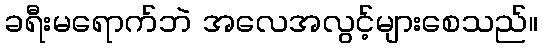
ခရီးမရောက်ဘဲ အလေအလွင့်များစေသည်။